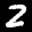
Label: 2